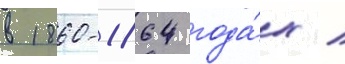
в 1860-1864 года́х /